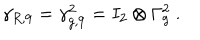
LaTeX: \gamma _ { R , 9 } = \gamma _ { g , 9 } ^ { 2 } = I _ { 2 } \otimes \Gamma _ { g } ^ { 2 } ~ .